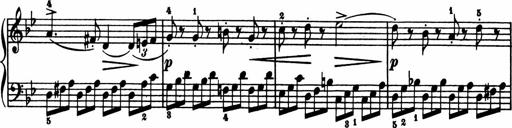
Title: 11 Sonatinas for Piano Solo
Composer: Anton Diabelli